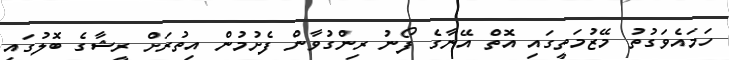
ހަމައެވަގުތު މޭޒުމަތީގައި އޮތް އޭނާގެ ފޯނު ރިންގުވާން ފެށުމުން އިތުރަށް ރީޝާގެ ބޮލުގައި